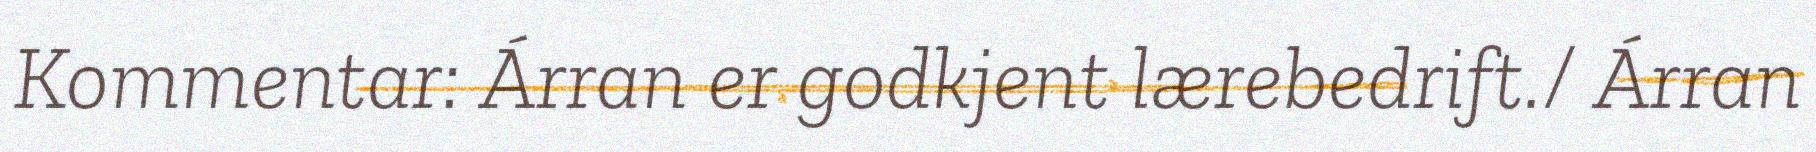
Kommentar: Árran er godkjent lærebedrift./ Árran